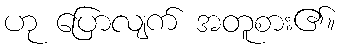
ဟု ပြောလျက် အတူစား၏။